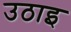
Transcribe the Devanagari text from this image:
उठाइ